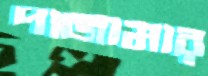
পাজামার